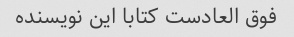
فوق العادست کتابا این نویسنده